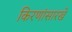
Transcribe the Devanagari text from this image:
किरणांसारखे